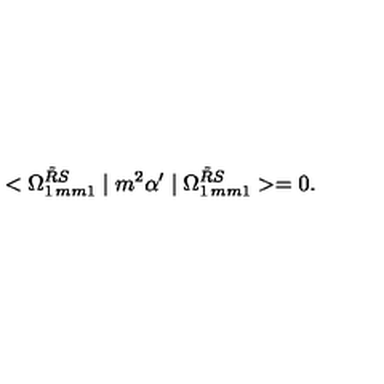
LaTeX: < \Omega _ { 1 \hspace * { 1 m m } 1 } ^ { \tilde { R } S } \mid m ^ { 2 } \alpha ^ { \prime } \mid \Omega _ { 1 \hspace * { 1 m m } 1 } ^ { \tilde { R } S } > = 0 .